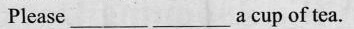
Please___，___a cup of tea。